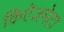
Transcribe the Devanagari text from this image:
किऐज़मेटा